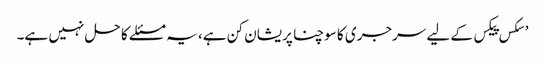
’سکس پیکس کے لیے سرجری کا سوچنا پریشان کن ہے، یہ مسئلے کا حل نہیں ہے۔